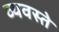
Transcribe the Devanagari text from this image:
व्यवस्ते